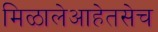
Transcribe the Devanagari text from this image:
मिळालेआहेतसेच